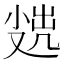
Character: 𡮖